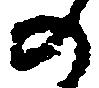
の